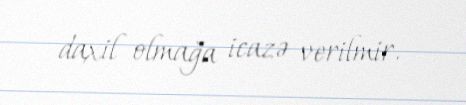
daxil olmağa icazə verilmir.